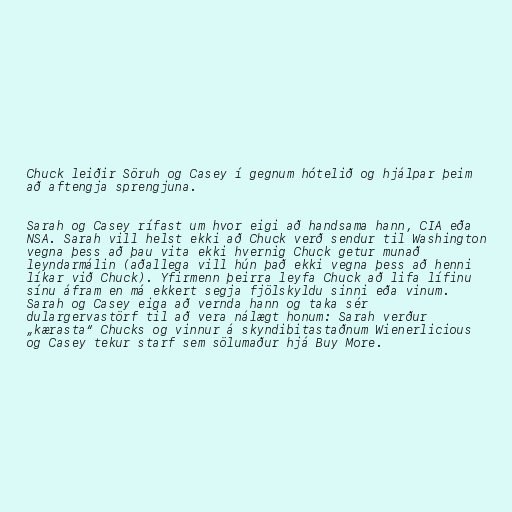
Chuck leiðir Söruh og Casey í gegnum hótelið og hjálpar þeim
að aftengja sprengjuna.

Sarah og Casey rífast um hvor eigi að handsama hann, CIA eða
NSA. Sarah vill helst ekki að Chuck verð sendur til Washington
vegna þess að þau vita ekki hvernig Chuck getur munað
leyndarmálin (aðallega vill hún það ekki vegna þess að henni
líkar við Chuck). Yfirmenn þeirra leyfa Chuck að lifa lífinu
sínu áfram en má ekkert segja fjölskyldu sinni eða vinum.
Sarah og Casey eiga að vernda hann og taka sér
dulargervastörf til að vera nálægt honum: Sarah verður
„kærasta“ Chucks og vinnur á skyndibitastaðnum Wienerlicious
og Casey tekur starf sem sölumaður hjá Buy More.